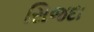
સિજદા